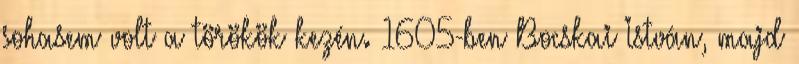
sohasem volt a törökök kezén. 1605-ben Bocskai István, majd